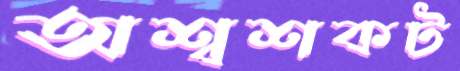
অশ্বশকট